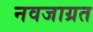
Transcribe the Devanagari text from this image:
नवजाग्रत